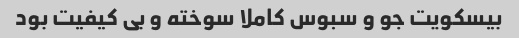
بیسکویت جو و سبوس کاملا سوخته و بی کیفیت بود